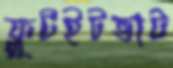
ফ্লুটইটভাট